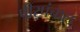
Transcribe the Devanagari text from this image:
पीरपंचाल